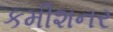
કમીશનર